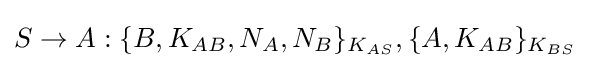
S\rightarrow A:\{B,K_{AB},N_{A},N_{B}\}_{K_{AS}},\{A,K_{AB}\}_{K_{BS}}